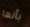
بأنها